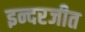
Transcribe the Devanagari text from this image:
इन्दरजीत